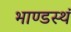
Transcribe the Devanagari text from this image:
भाण्डस्थं